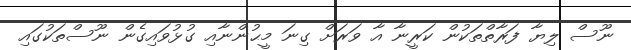
ނޫސް ލިޔާ ފަރާތްތަކުން ކަރީނާ އާ ވަރަށް ގިނަ މީޙުންނާއި ގުޅުވައިގެން ނޫސްތަކުގައި